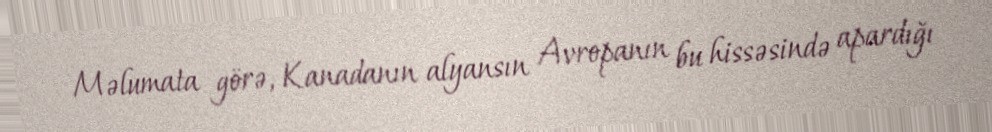
Məlumata görə, Kanadanın alyansın Avropanın bu hissəsində apardığı